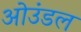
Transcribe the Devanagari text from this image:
ओउंडल